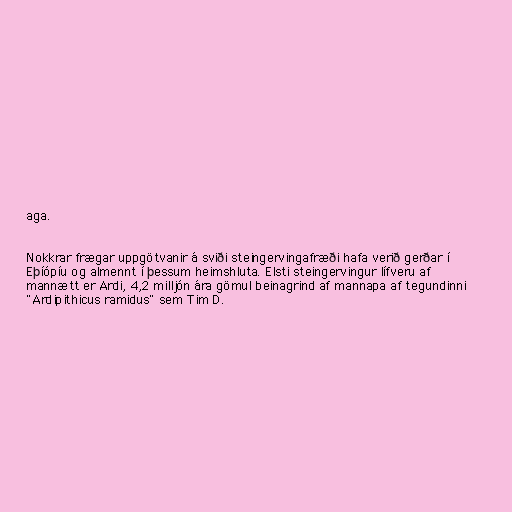
aga.

Nokkrar frægar uppgötvanir á sviði steingervingafræði hafa verið gerðar í
Eþíópíu og almennt í þessum heimshluta. Elsti steingervingur lífveru af
mannætt er Ardi, 4,2 milljón ára gömul beinagrind af mannapa af tegundinni
"Ardipithicus ramidus" sem Tim D.